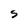
Character: S